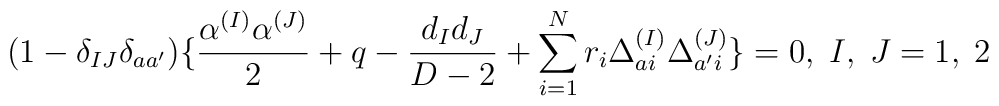
(1-\delta_{IJ}\delta_{aa'})\{ {\alpha^{(I)}\alpha^{(J)}\over2}+q-{d_Id_J\over D-2}+\sum_{i=1}^Nr_i\Delta_{ai}^{(I)}\Delta_{a'i}^{(J)}\}=0,\;I,\;J=1,\;2